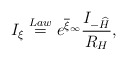
\begin{align*}I_\xi\stackrel{Law}{=}e^{\overline{\xi}_{\infty}}\frac{I_{-\widehat{H}}}{R_{H}},\end{align*}